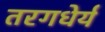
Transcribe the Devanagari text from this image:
तरगधेर्य